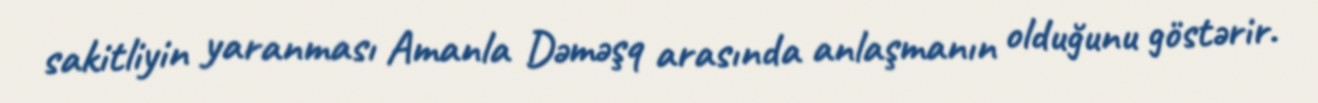
sakitliyin yaranması Amanla Dəməşq arasında anlaşmanın olduğunu göstərir.